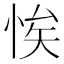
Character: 𢚝